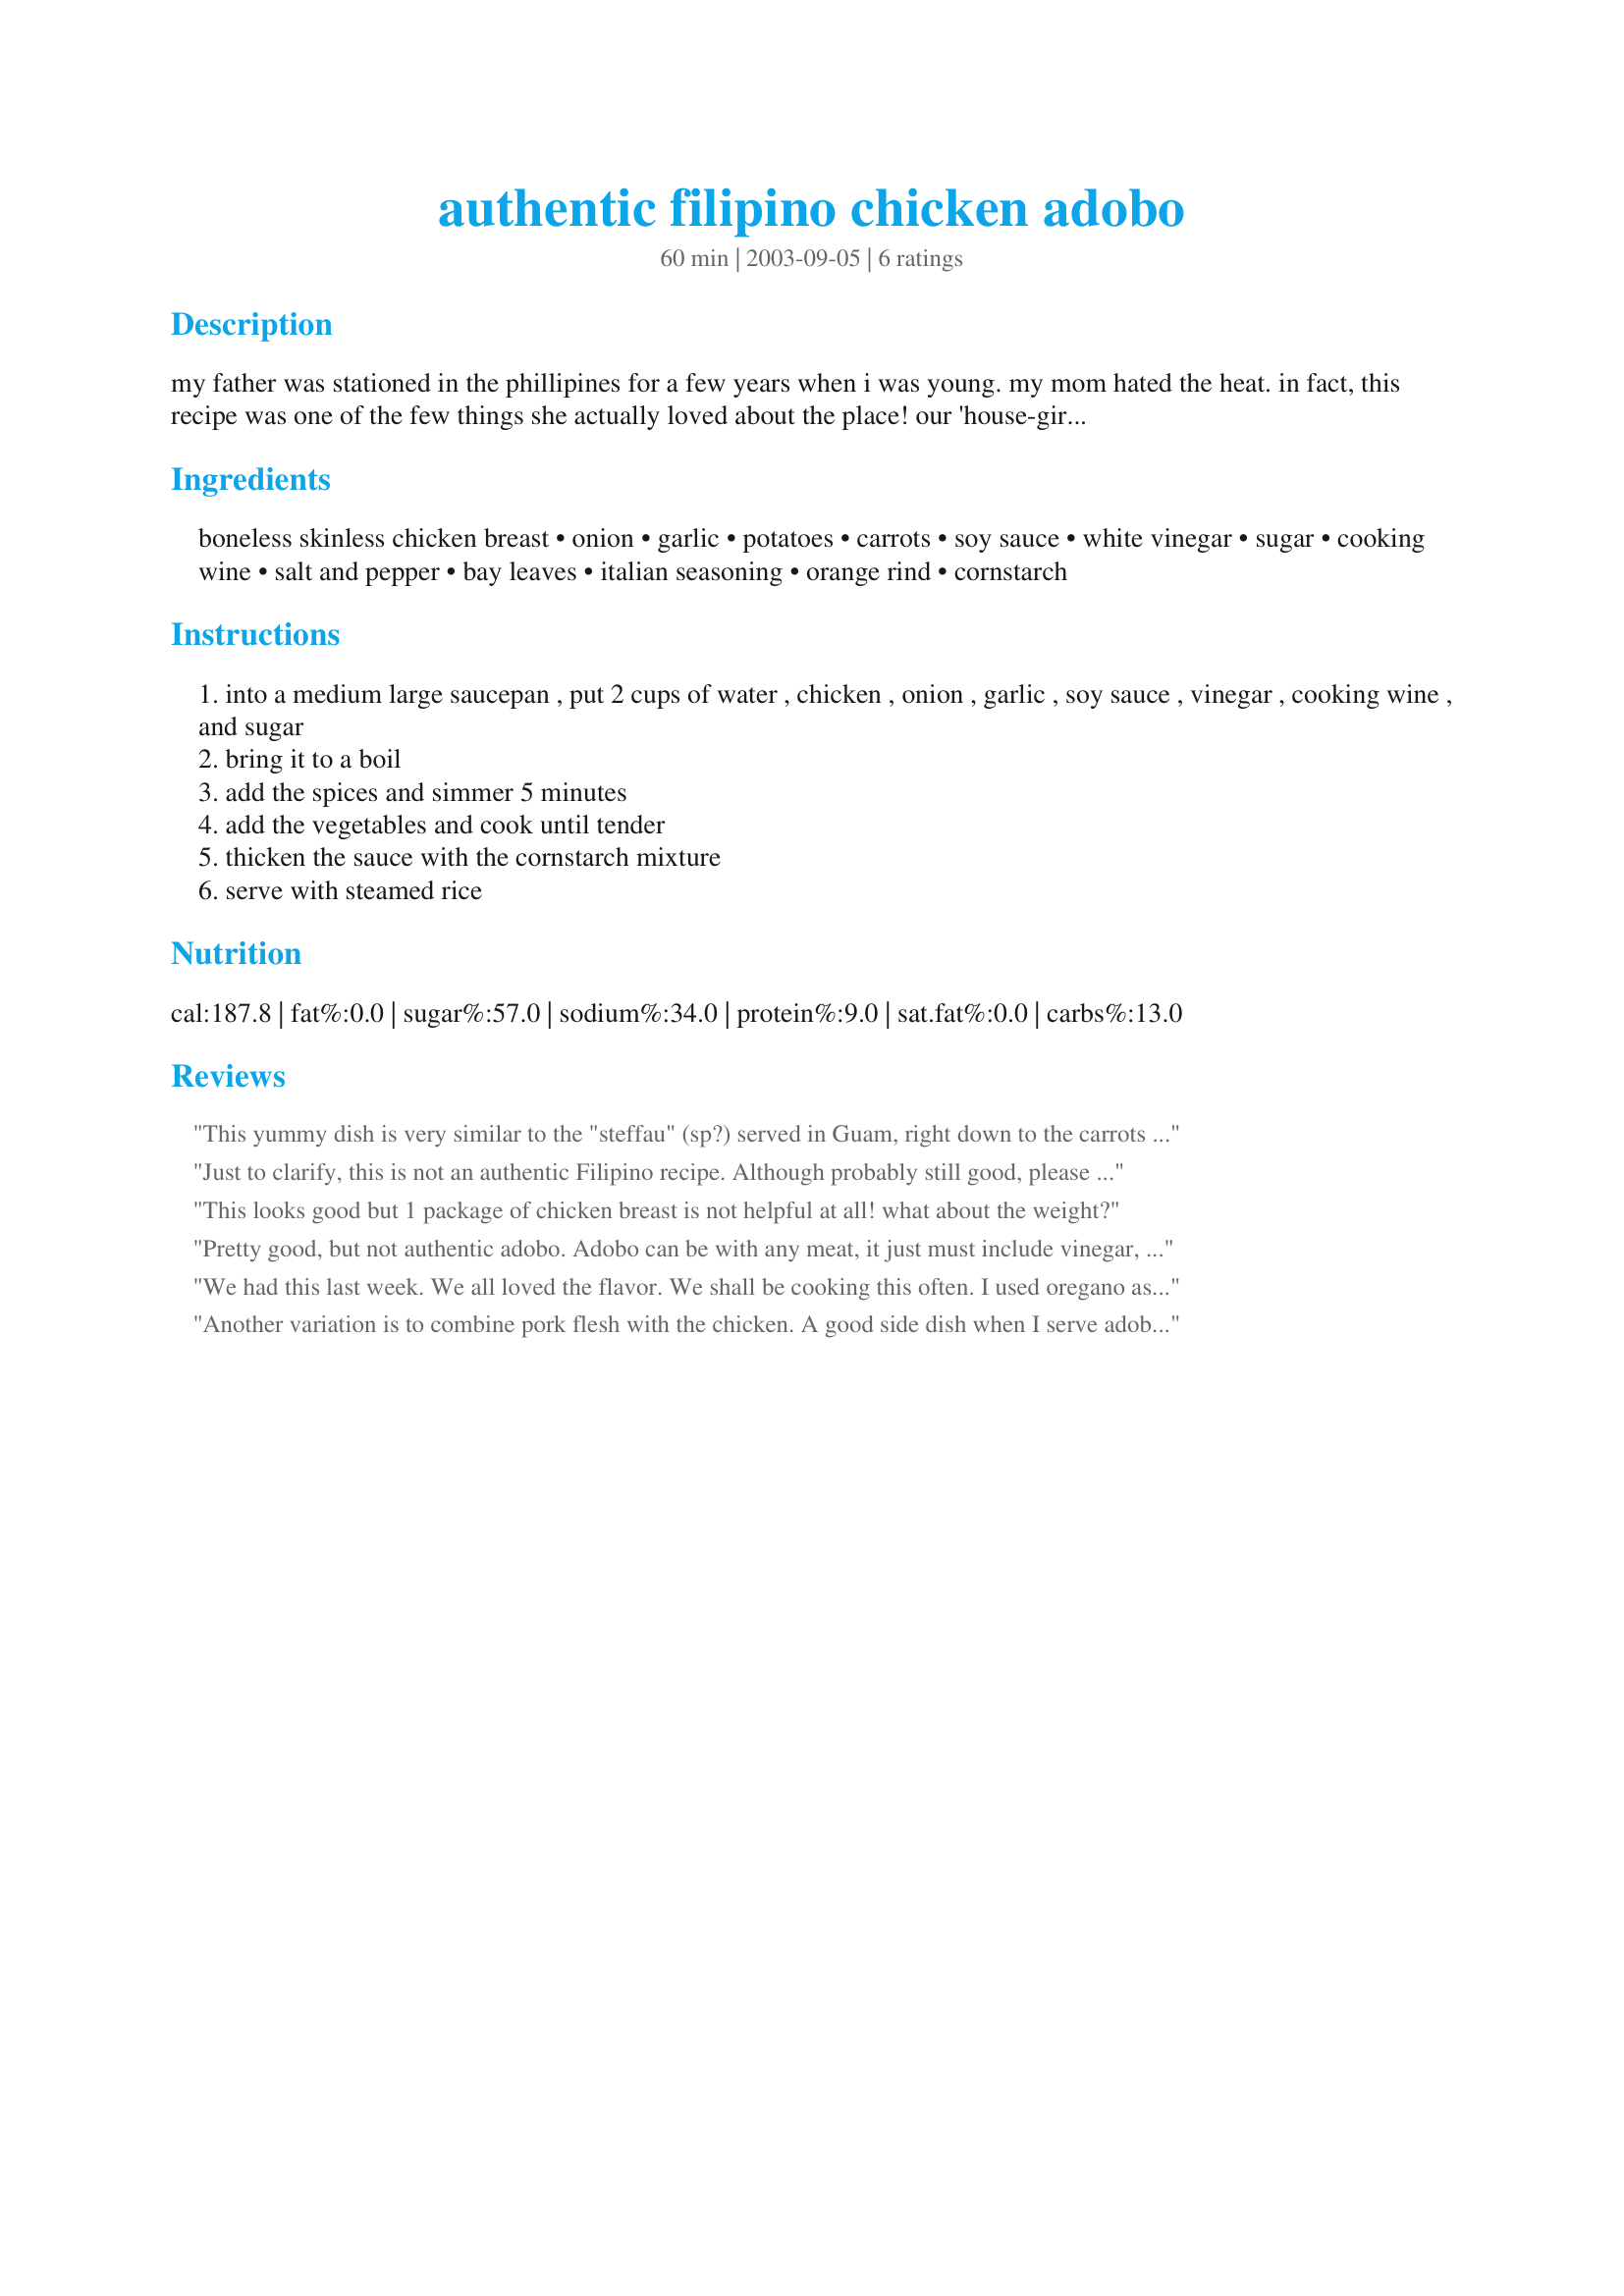
authentic filipino chicken adobo
Preparation time: 60 minutes

my father was stationed in the phillipines for a few years when i was young. my mom hated the heat. in fact, this recipe was one of the few things she actually loved about the place! our 'house-girl' taught us the joy of chicken adobo, and we taught her the joy of pancakes. vegetarian's note: i now substitute tofu for the chicken, cutting the tofu into chunks and letting it soak in the liquid ingredients (other than water) and with the garlic and onion for some time before i start cooking so it absorbs the flavor a little more like chicken. still an absolute favorite for my family!

Ingredients:
boneless skinless chicken breast, onion, garlic, potatoes, carrots, soy sauce, white vinegar, sugar, cooking wine, salt and pepper, bay leaves, italian seasoning, orange rind, cornstarch

Steps:
into a medium large saucepan , put 2 cups of water , chicken , onion , garlic , soy sauce , vinegar , cooking wine , and sugar
bring it to a boil
add the spices and simmer 5 minutes
add the vegetables and cook until tender
thicken the sauce with the cornstarch mixture
serve with steamed rice

Reviews:
This yummy dish is very similar to the "steffau" (sp?) served in Guam, right down to the carrots & potatoes (you can also use sweet potatoes). Guam & the Philipines share much culturally, and this recipe is really just a little differently-seasoned version of adobo...in fact I prefer it this way. Probably each Filipina cook has her own version based on family preference & what ingredients are available at the time, so no need to fret about "authenticity". It turned out delicious for me!
Just to clarify, this is not an authentic Filipino recipe. Although probably still good, please look elsewhere if interested in real Philippine cuisine. Typically, chicken adobo is made with vinegar, soy sauce, garlic, salt, and bay leaves.
This looks good but 1 package of chicken breast is not helpful at all! what about the weight?
Pretty good, but not authentic adobo. Adobo can be with any meat, it just must include vinegar, lots of pepper and garlic, and bay leaf. Still enjoyed this variation.
We had this last week. We all loved the flavor. We shall be cooking this often. I used oregano as it was on hand.
Bella
Another variation is to combine pork flesh with the chicken.

A good side dish when I serve adobo in Europe is tossed green salad with raddish and a good soup to go with it is chicken stock with vermicelli or glass noodles.

Any more questions serving this dish, ask me !

Polar Bear
